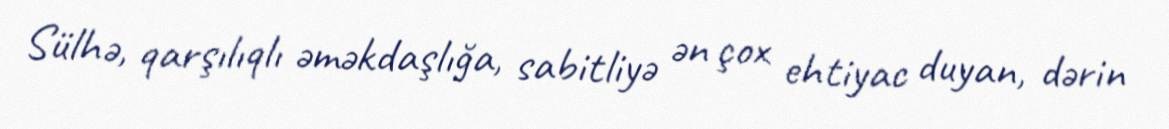
Sülhə, qarşılıqlı əməkdaşlığa, sabitliyə ən çox ehtiyac duyan, dərin